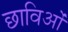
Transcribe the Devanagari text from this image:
छाविओं